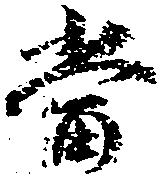
当